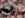
حمار